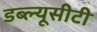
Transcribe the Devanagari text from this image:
डब्ल्यूसीटी